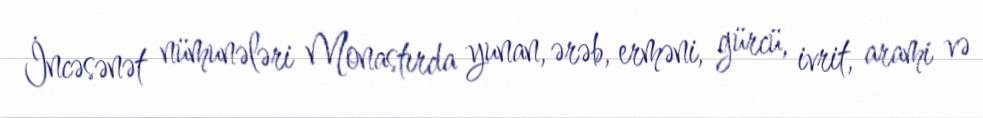
İncəsənət nümunələri Monastırda yunan, ərəb, erməni, gürcü, ivrit, arami və